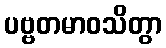
ပဗ္ဗတမာဝသိတွာ